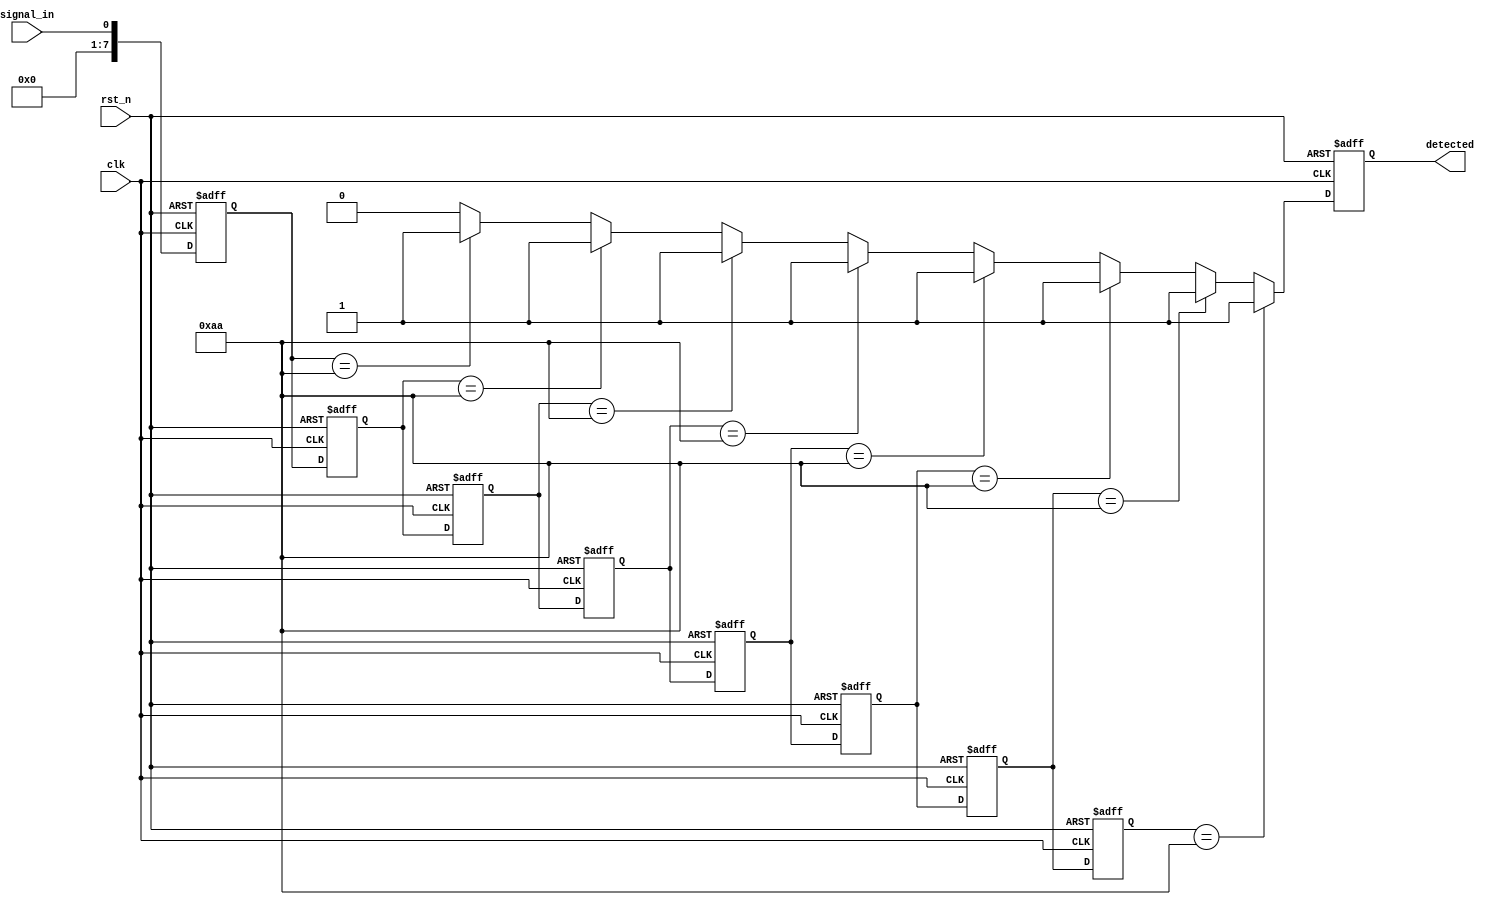
module MemoryBlocksSamplingDelayLineDetector #(
    parameter NUM_BLOCKS = 8, // Number of memory blocks
    parameter PATTERN = 8'b10101010 // Example pattern to detect
)(
    input wire clk,             // Clock signal
    input wire rst_n,           // Active low reset
    input wire signal_in,       // Input signal to be monitored
    output reg detected          // Detection output signal
);

    // Memory blocks to store sampled values
    reg [NUM_BLOCKS-1:0] memory [0:NUM_BLOCKS-1]; // Memory array
    integer i;

    // Sampling mechanism
    always @(posedge clk or negedge rst_n) begin
        if (!rst_n) begin
            // Reset memory blocks
            for (i = 0; i < NUM_BLOCKS; i = i + 1) begin
                memory[i] <= 0;
            end
            detected <= 0;
        end else begin
            // Shift the memory blocks
            for (i = NUM_BLOCKS-1; i > 0; i = i - 1) begin
                memory[i] <= memory[i-1];
            end
            // Sample the input signal into the first memory block
            memory[0] <= signal_in;

            // Comparator logic to detect the pattern
            detected <= 0; // Reset detected signal
            for (i = 0; i < NUM_BLOCKS; i = i + 1) begin
                if (memory[i] == PATTERN) begin
                    detected <= 1; // Pattern detected
                end
            end
        end
    end

endmodule